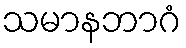
သမာနဘာဂံ